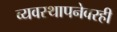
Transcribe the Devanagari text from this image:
व्यवस्थापनेवरही